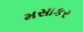
મસાકર